Indian journal of veterinary science and animal husbandry - Volume 1,
Year: 1931
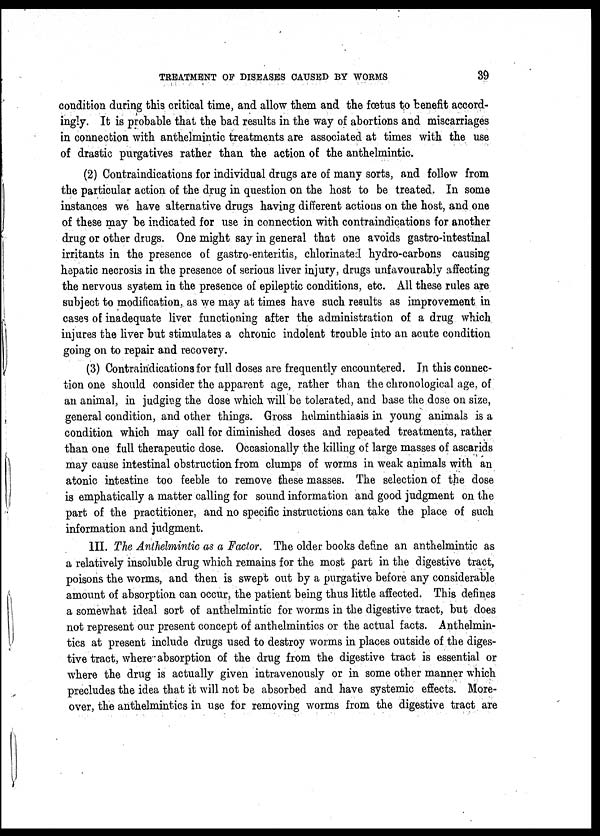
TREATMENT OF DISEASES CAUSED BY WORMS 39
condition during this critical time, and allow them and the fœtus to benefit accord-
ingly. It is probable that the bad results in the way of abortions and miscarriages
in connection with anthelmintic treatments are associated at times with the use
of drastic purgatives rather than the action of the anthelmintic.
(2) Contraindications for individual drugs are of many sorts, and follow from
the particular action of the drug in question on the host to be treated. In some
instances we have alternative drugs having different actions on the host, and one
of these may be indicated for use in connection with contraindications for another
drug or other drugs. One might say in general that one avoids gastro-intestinal
irritants in the presence of gastro-enteritis, chlorinated hydro-carbons causing
hepatic necrosis in the presence of serious liver injury, drugs unfavourably affecting
the nervous system in the presence of epileptic conditions, etc. All these rules are
subject to modification, as we may at times have such results as improvement in
cases of inadequate liver functioning after the administration of a drug which
injures the liver but stimulates a chronic indolent trouble into an acute condition
going on to repair and recovery.
(3) Contraindications for full doses are frequently encountered. In this connec-
tion one should consider the apparent age, rather than the chronological age, of
an animal, in judging the dose which will be tolerated, and base the dose on size,
general condition, and other things. Gross helminthiasis in young animals is a
condition which may call for diminished doses and repeated treatments, rather
than one full therapeutic dose. Occasionally the killing of large masses of ascarids
may cause intestinal obstruction from clumps of worms in weak animals with an
atonic intestine too feeble to remove these masses. The selection of the dose
is emphatically a matter calling for sound information and good judgment on the
part of the practitioner, and no specific instructions can take the place of such
information and judgment.
III. The Anthelmintic as a Factor. The older books define an anthelmintic as
a relatively insoluble drug which remains for the most part in the digestive tract,
poisons the worms, and then is swept out by a purgative before any considerable
amount of absorption can occur, the patient being thus little affected. This defines
a somewhat ideal sort of anthelmintic for worms in the digestive tract, but does
not represent our present concept of anthelmintics or the actual facts. Anthelmin-
tics at present include drugs used to destroy worms in places outside of the diges-
tive tract, where absorption of the drug from the digestive tract is essential or
where the drug is actually given intravenously or in some other manner which
precludes the idea that it will not be absorbed and have systemic effects. More-
over, the anthelmintics in use for removing worms from the digestive tract are